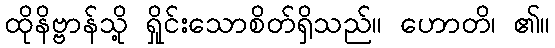
ထိုနိဗ္ဗာန်သို့ ရှိုင်းသောစိတ်ရှိသည်။ ဟောတိ၊ ၏။